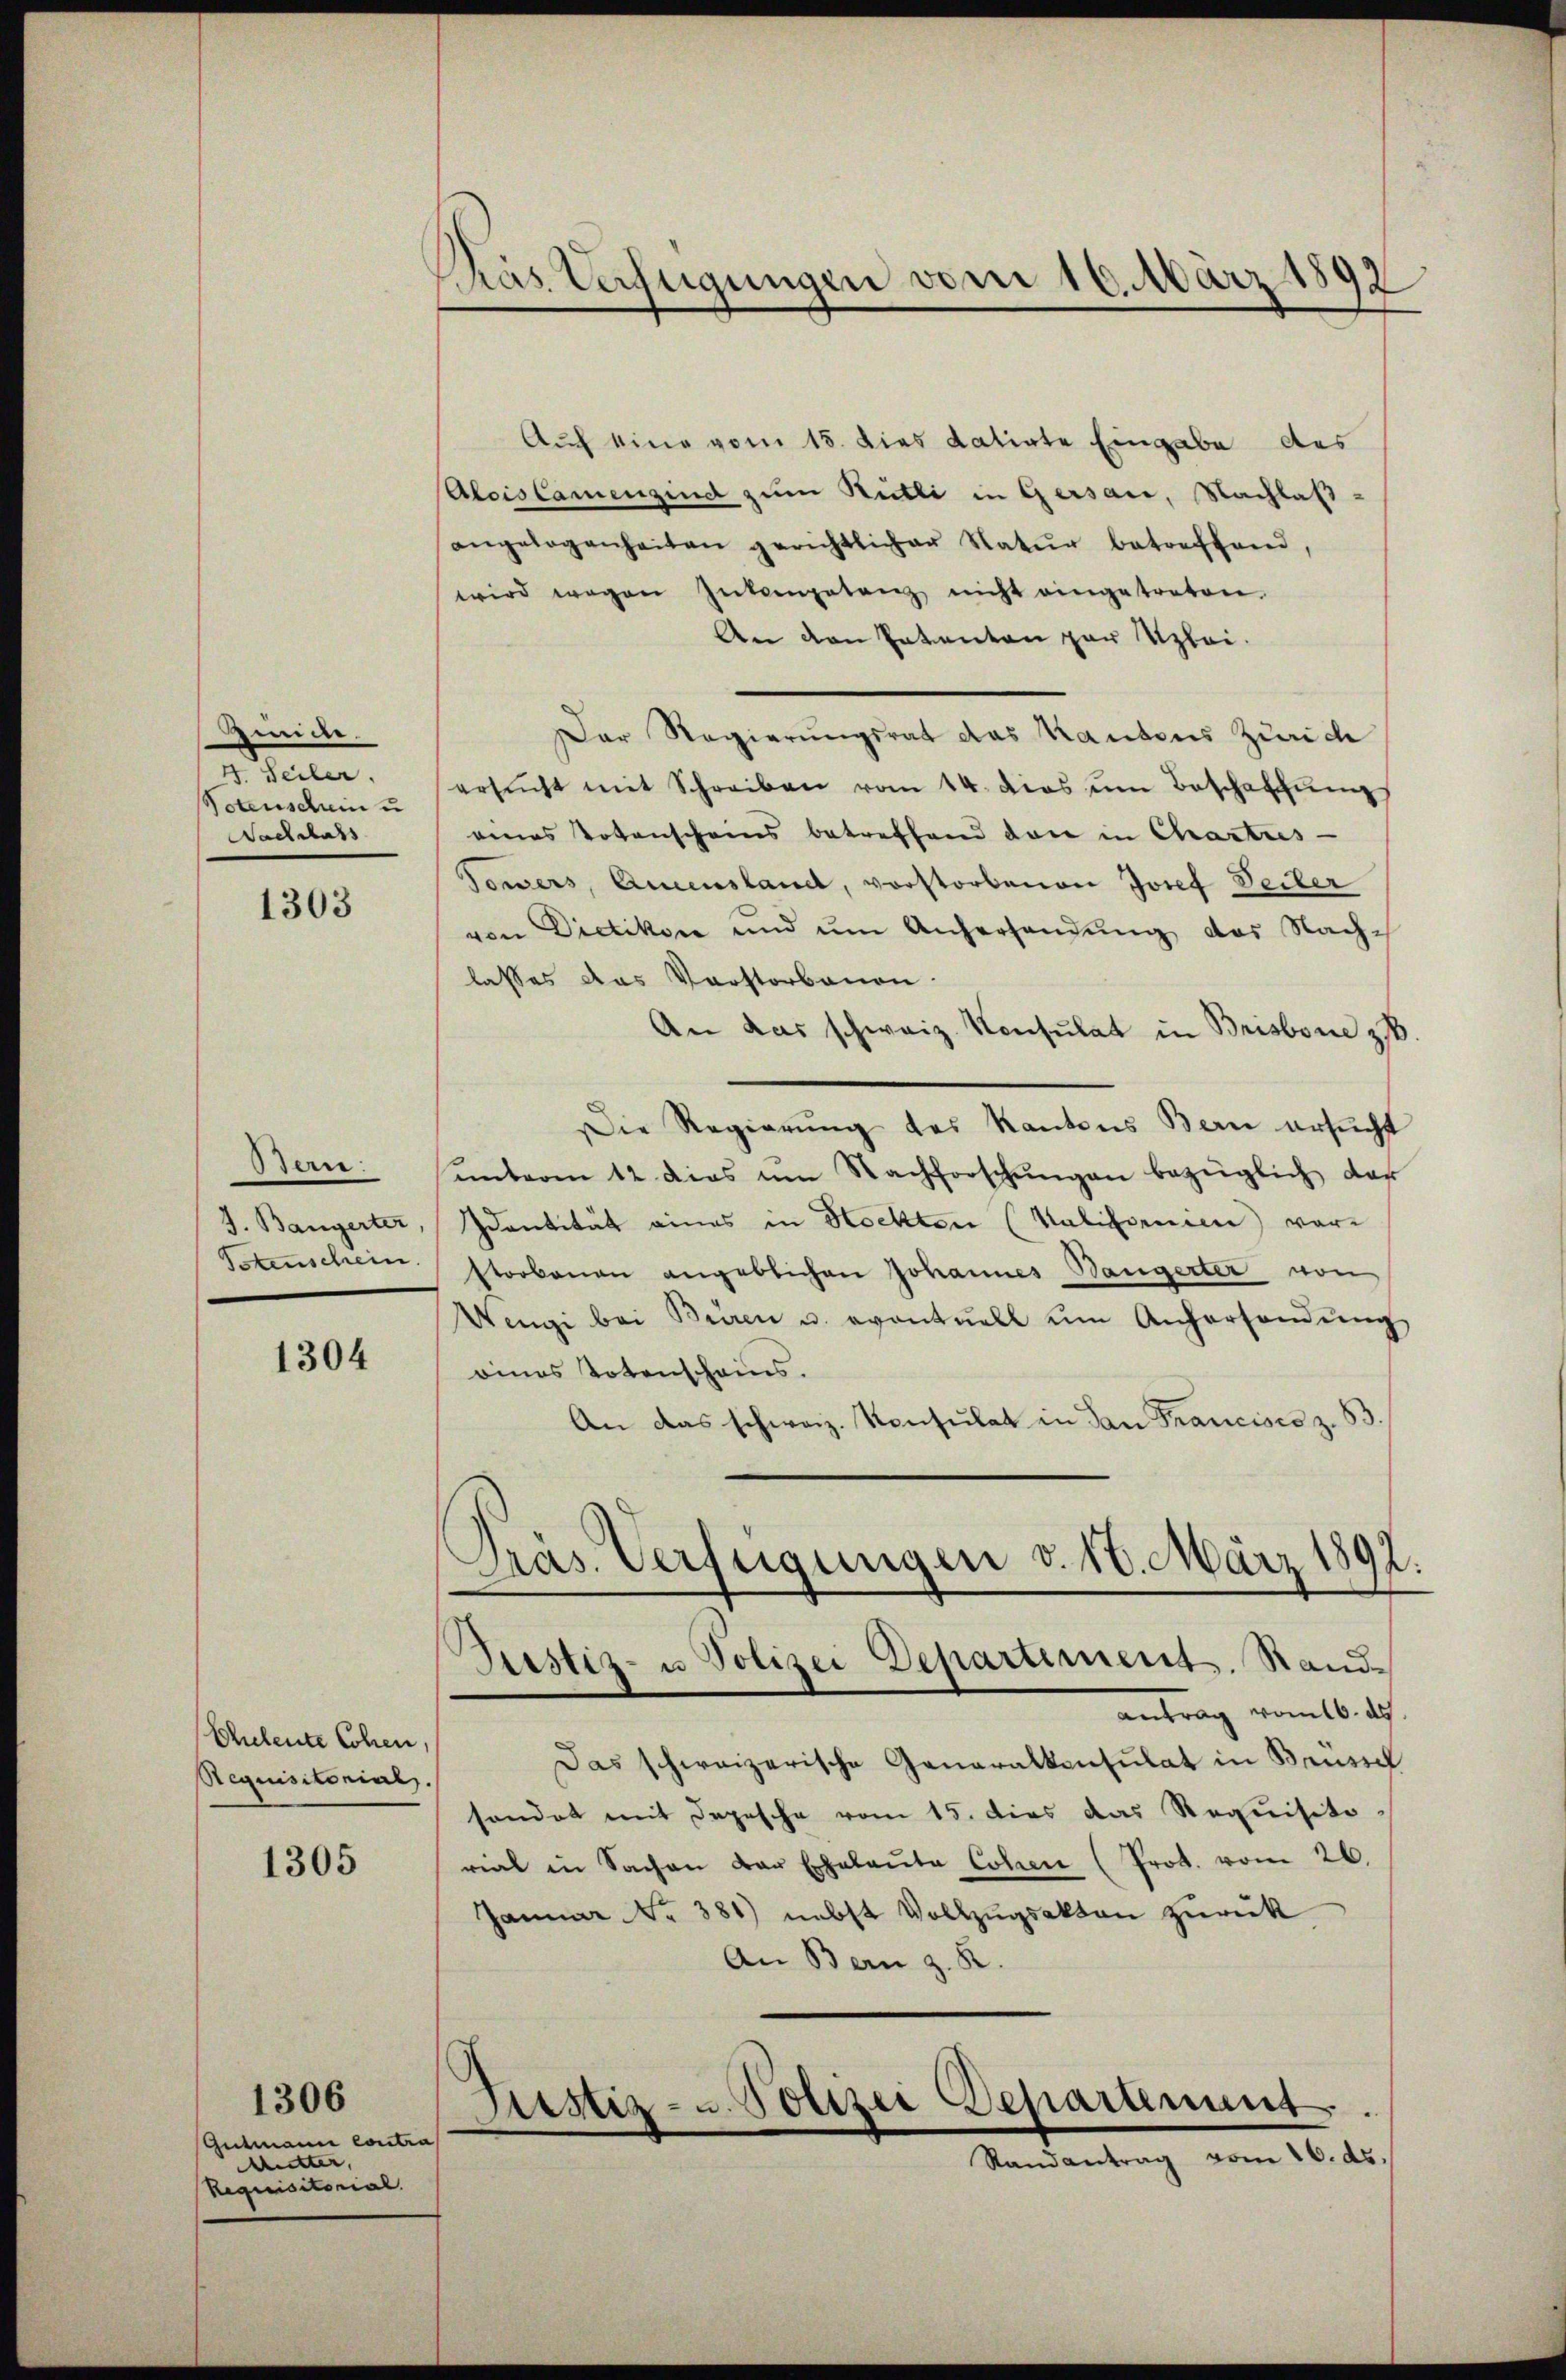
Gindle.
4. Seiler.
Potenschein u
Nachlass

1303

Bern:
J. Bangerter
Totenschein.

1304

Eheleute Cohen,
Requisitorials.

1305

Gutmann Contra
Mutter,
Requisitorial.

1306

Kás Verfügungen vom 16. März 1892

Auch eine vom 15. dies datirte Eingabe des
Alois camenzind zum Stutti in Gersau, Nachlaßangelegenheiten gerichtlicher Natur betreffend,
wird wegen Interpetenz nicht eingetreten.
An den Patenten par Uzlei-
er Regierungsrat das Kantons Zürich
ersŭcht mit Schreiben vom 14. dies um Beschaffŭng
eines Totenscheins betreffend den in Chartres
Gonders, Aueensland, vorstorbenen Josef Seiter
von Dietikon und um Anferhandung des Nachlasses das Vorstorbenen
An das schweiz. Konsulat in Brisbone z
Die Regierŭng des Kantons Bern ersucht
unterm 12 dies um Nachforschŭngen bezüglich dar
Identität eines in Hockten (Kalifornien vorstorbenen angeblichen Johannes Bangerter von
Wengi bei Buren u. eventuell ŭm Anhersandŭng
oines Totenscheins.
An das schweiz. Konsulat in dan Francisco z. S
Präs. Verfügungen v. 10. März 1892.
Pustiz- u Polizei Departement. Stand-
antrag vom 16. ds.
Das schweizerische Generalkonsulat in Brussch
sondet mit Depesche vom 15. dies das Requisito
rial in Sachen der Erhalaŭte Cohen (Prot. vom 26.
Januar Nr. 381) nebst Vollzŭgsakten zurück
An Bern z. R.

Justiz- u. Polizei Departement.
Randantrag vom 16. ds.